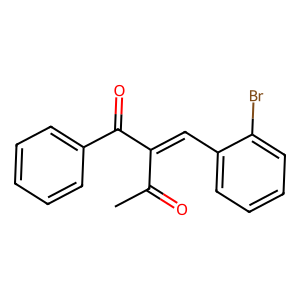
SMILES: CC(=O)C(=Cc1ccccc1Br)C(=O)c1ccccc1
Inhibits HIV replication: No